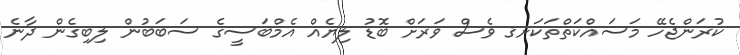
ކުރަންޖެހޭ މަސައްކަތްތަކަށޤ ވެސް ވަރަށް ބޮޑު ލިޔެއް އެމްބަސީގެ ސަބަބުން ލިބިގެން ދާނެ